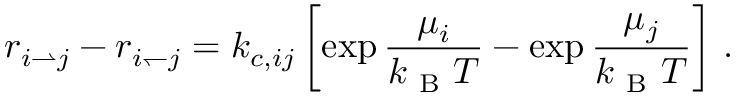
r _ { i \rightharpoonup j } - r _ { i \leftharpoondown j } = k _ { c , i j } \left[ \exp { \frac { \mu _ { i } } { k _ { \mathrm { ~ B ~ } } T } } - \exp { \frac { \mu _ { j } } { k _ { \mathrm { ~ B ~ } } T } } \right] \, .